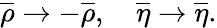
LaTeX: \overline{{{\rho}}}\to-\overline{{{\rho}}},\quad\overline{{{\eta}}}\to\overline{{{\eta}}}.